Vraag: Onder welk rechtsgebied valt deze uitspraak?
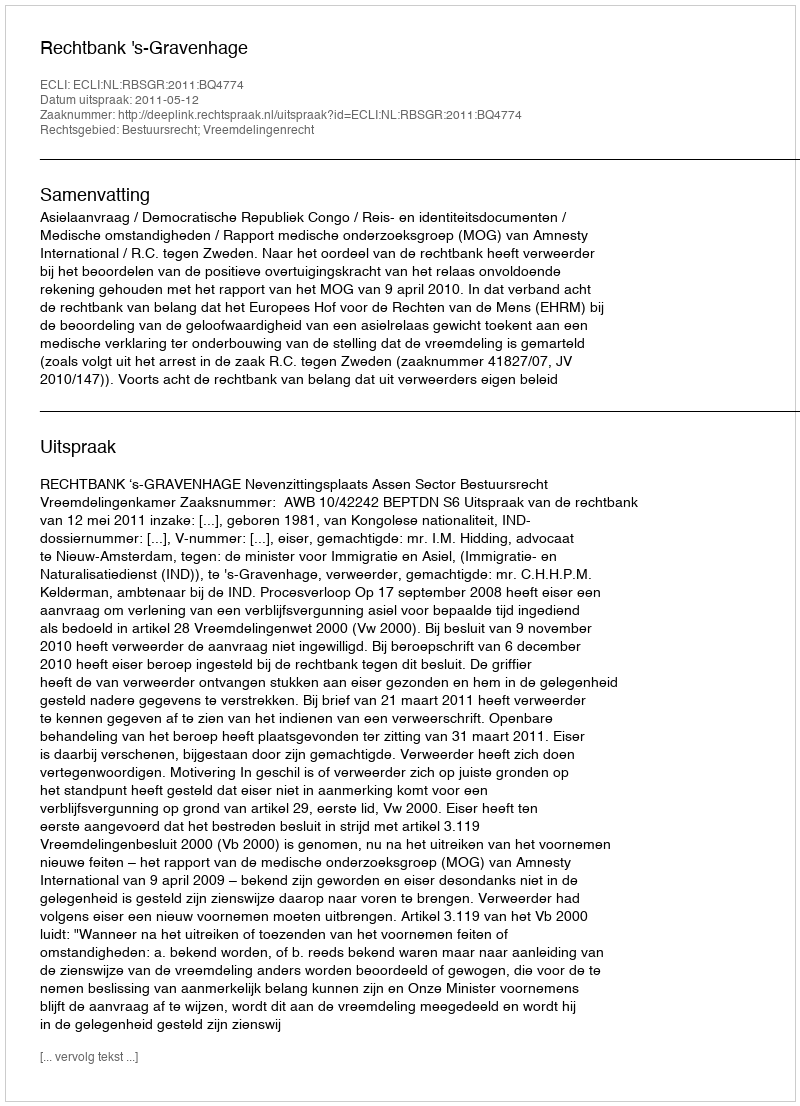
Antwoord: Bestuursrecht; Vreemdelingenrecht